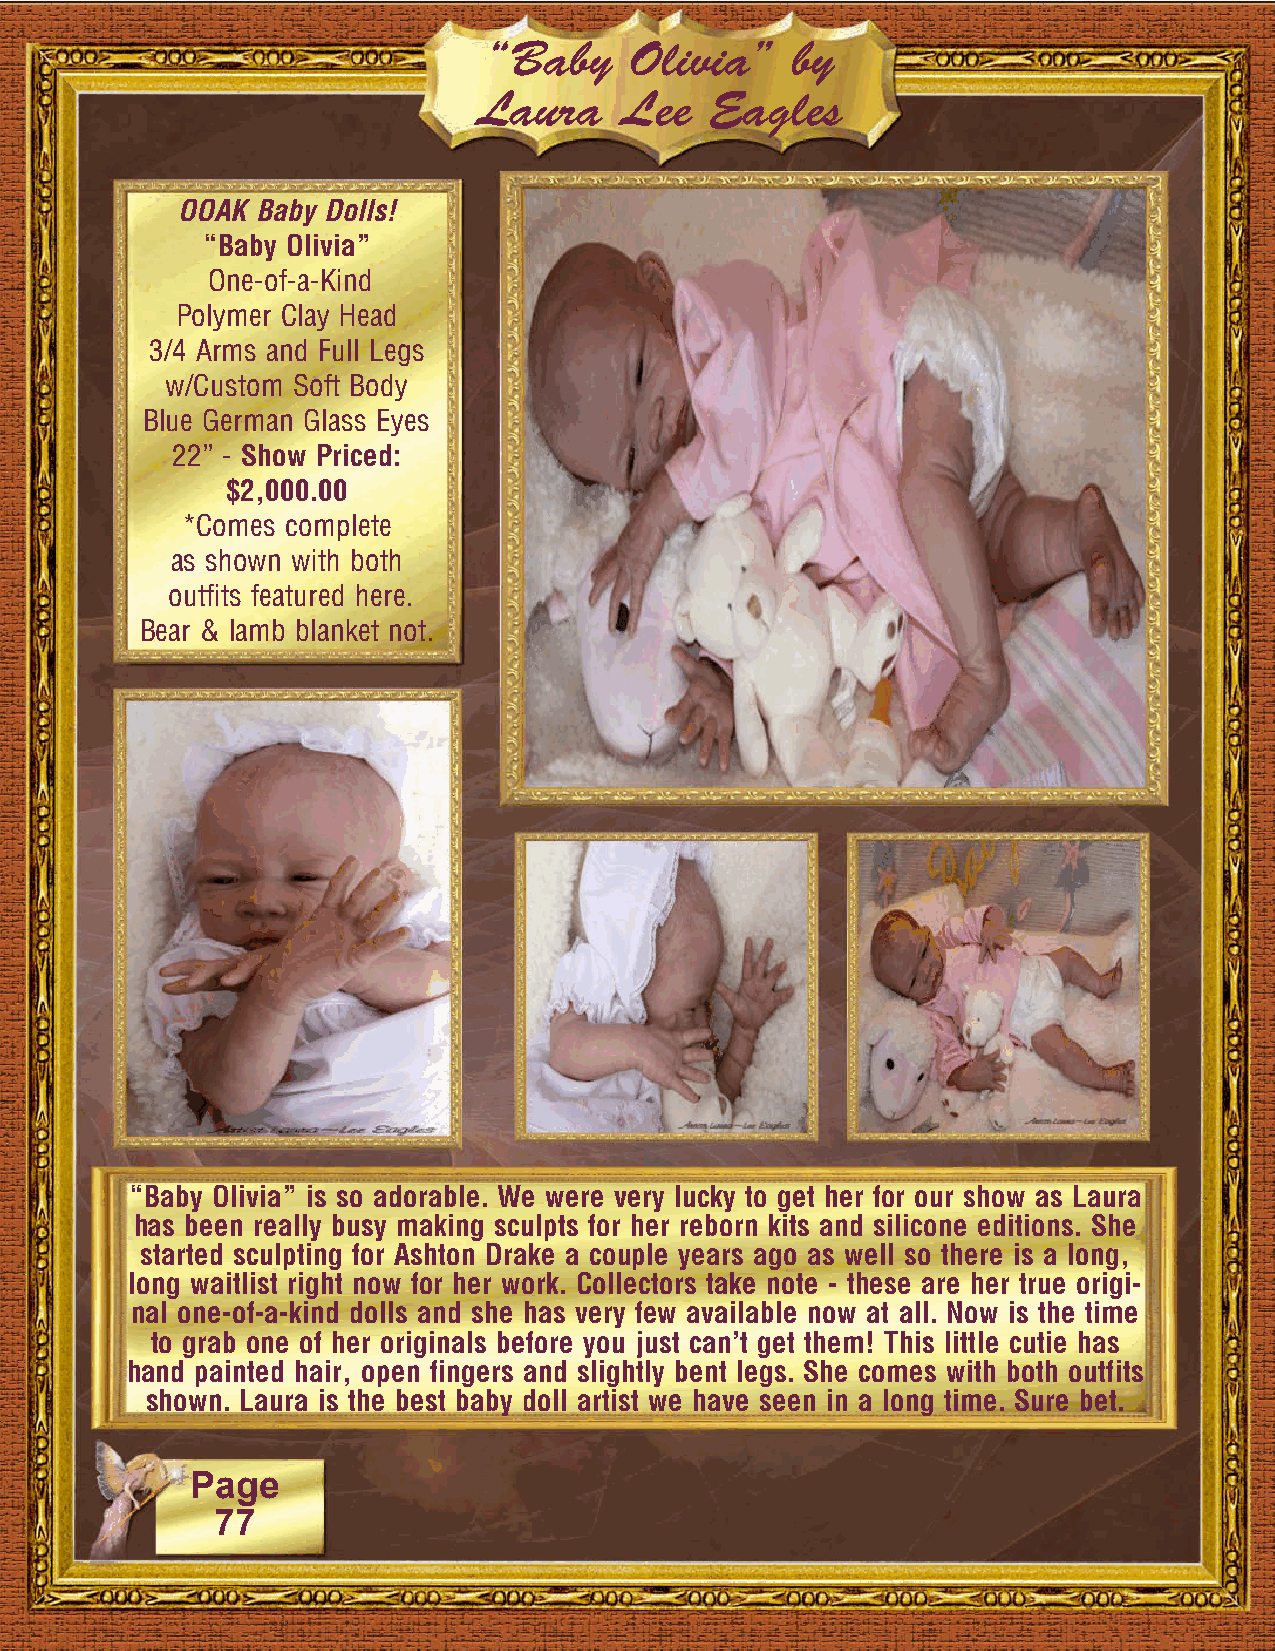
“Baby     Olivia”   by
 Laura    Lee   Eagles
 OOAK Baby Dolls!
 “Baby Olivia”
 One-of-a-Kind
 Polymer Clay Head
 3/4 Arms and Full Legs
 w/Custom Soft Body
 Blue German Glass Eyes
 22” - Show Priced:
 $2,000.00
 *Comes complete
 as shown with both
 outfits featured here.
 Bear & lamb blanket not.
 “Baby Olivia” is so adorable. We were very lucky to get her for our show as Laura
 has been really busy making sculpts for her reborn kits and silicone editions. She
 started sculpting for Ashton Drake a couple years ago as well so there is a long,
 long waitlist right now for her work. Collectors take note - these are her true origi-
 nal one-of-a-kind dolls and she has very few available now at all. Now is the time
 to grab one of her originals before you just can’t get them! This little cutie has
 hand painted hair, open fingers and slightly bent legs. She comes with both outfits
 shown. Laura is the best baby doll artist we have seen in a long time. Sure bet.
 Page
 77